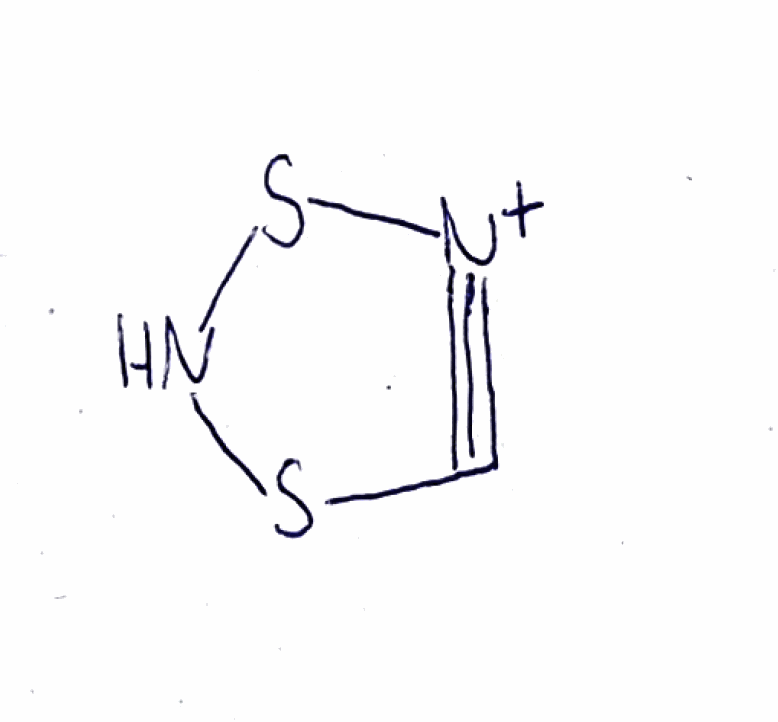
Simplified molecular-input line-entry system (SMILES) notation of the given molecule:
C1#[N+]SNS1